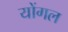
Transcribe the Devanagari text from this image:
योंगल